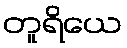
တူရိယေ